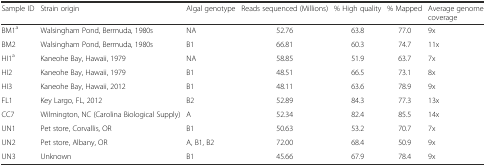
<table><thead><tr><td><b>Sample ID</b></td><td><b>Strain origin</b></td><td><b>Algal genotype</b></td><td><b>Reads sequenced (Millions)</b></td><td><b>% High quality</b></td><td><b>% Mapped</b></td><td><b>Average genome coverage</b></td></tr></thead><tbody><tr><td>BM1<sup>a</sup></td><td>Walsingham Pond, Bermuda, 1980s</td><td>NA</td><td>52.76</td><td>63.8</td><td>77.0</td><td>9x</td></tr><tr><td>BM2</td><td>Walsingham Pond, Bermuda, 1980s</td><td>B1</td><td>66.81</td><td>60.3</td><td>74.7</td><td>11x</td></tr><tr><td>HI1<sup>a</sup></td><td>Kaneohe Bay, Hawaii, 1979</td><td>NA</td><td>58.85</td><td>51.9</td><td>63.7</td><td>7x</td></tr><tr><td>HI2</td><td>Kaneohe Bay, Hawaii, 1979</td><td>B1</td><td>48.51</td><td>66.5</td><td>73.1</td><td>8x</td></tr><tr><td>HI3</td><td>Kaneohe Bay, Hawaii, 2012</td><td>B1</td><td>48.11</td><td>63.6</td><td>78.9</td><td>9x</td></tr><tr><td>FL1</td><td>Key Largo, FL, 2012</td><td>B2</td><td>52.89</td><td>84.3</td><td>77.3</td><td>13x</td></tr><tr><td>CC7</td><td>Wilmington, NC (Carolina Biological Supply)</td><td>A</td><td>52.34</td><td>82.4</td><td>85.5</td><td>14x</td></tr><tr><td>UN1</td><td>Pet store, Corvallis, OR</td><td>B1</td><td>50.63</td><td>53.2</td><td>70.7</td><td>7x</td></tr><tr><td>UN2</td><td>Pet store, Albany, OR</td><td>A, B1, B2</td><td>72.00</td><td>68.4</td><td>50.9</td><td>9x</td></tr><tr><td>UN3</td><td>Unknown</td><td>B1</td><td>45.66</td><td>67.9</td><td>78.4</td><td>9x</td></tr></tbody></table>